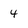
Character: 4